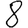
Digit: 8